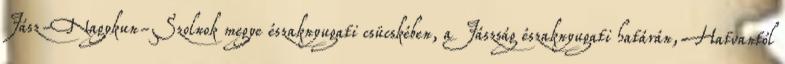
Jász-Nagykun-Szolnok megye északnyugati csücskében, a Jászság északnyugati határán, Hatvantól